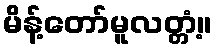
မိန့်တော်မူလတ္တံ့။